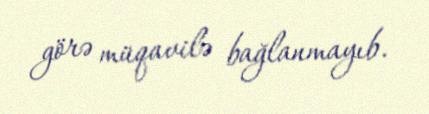
görə müqavilə bağlanmayıb.